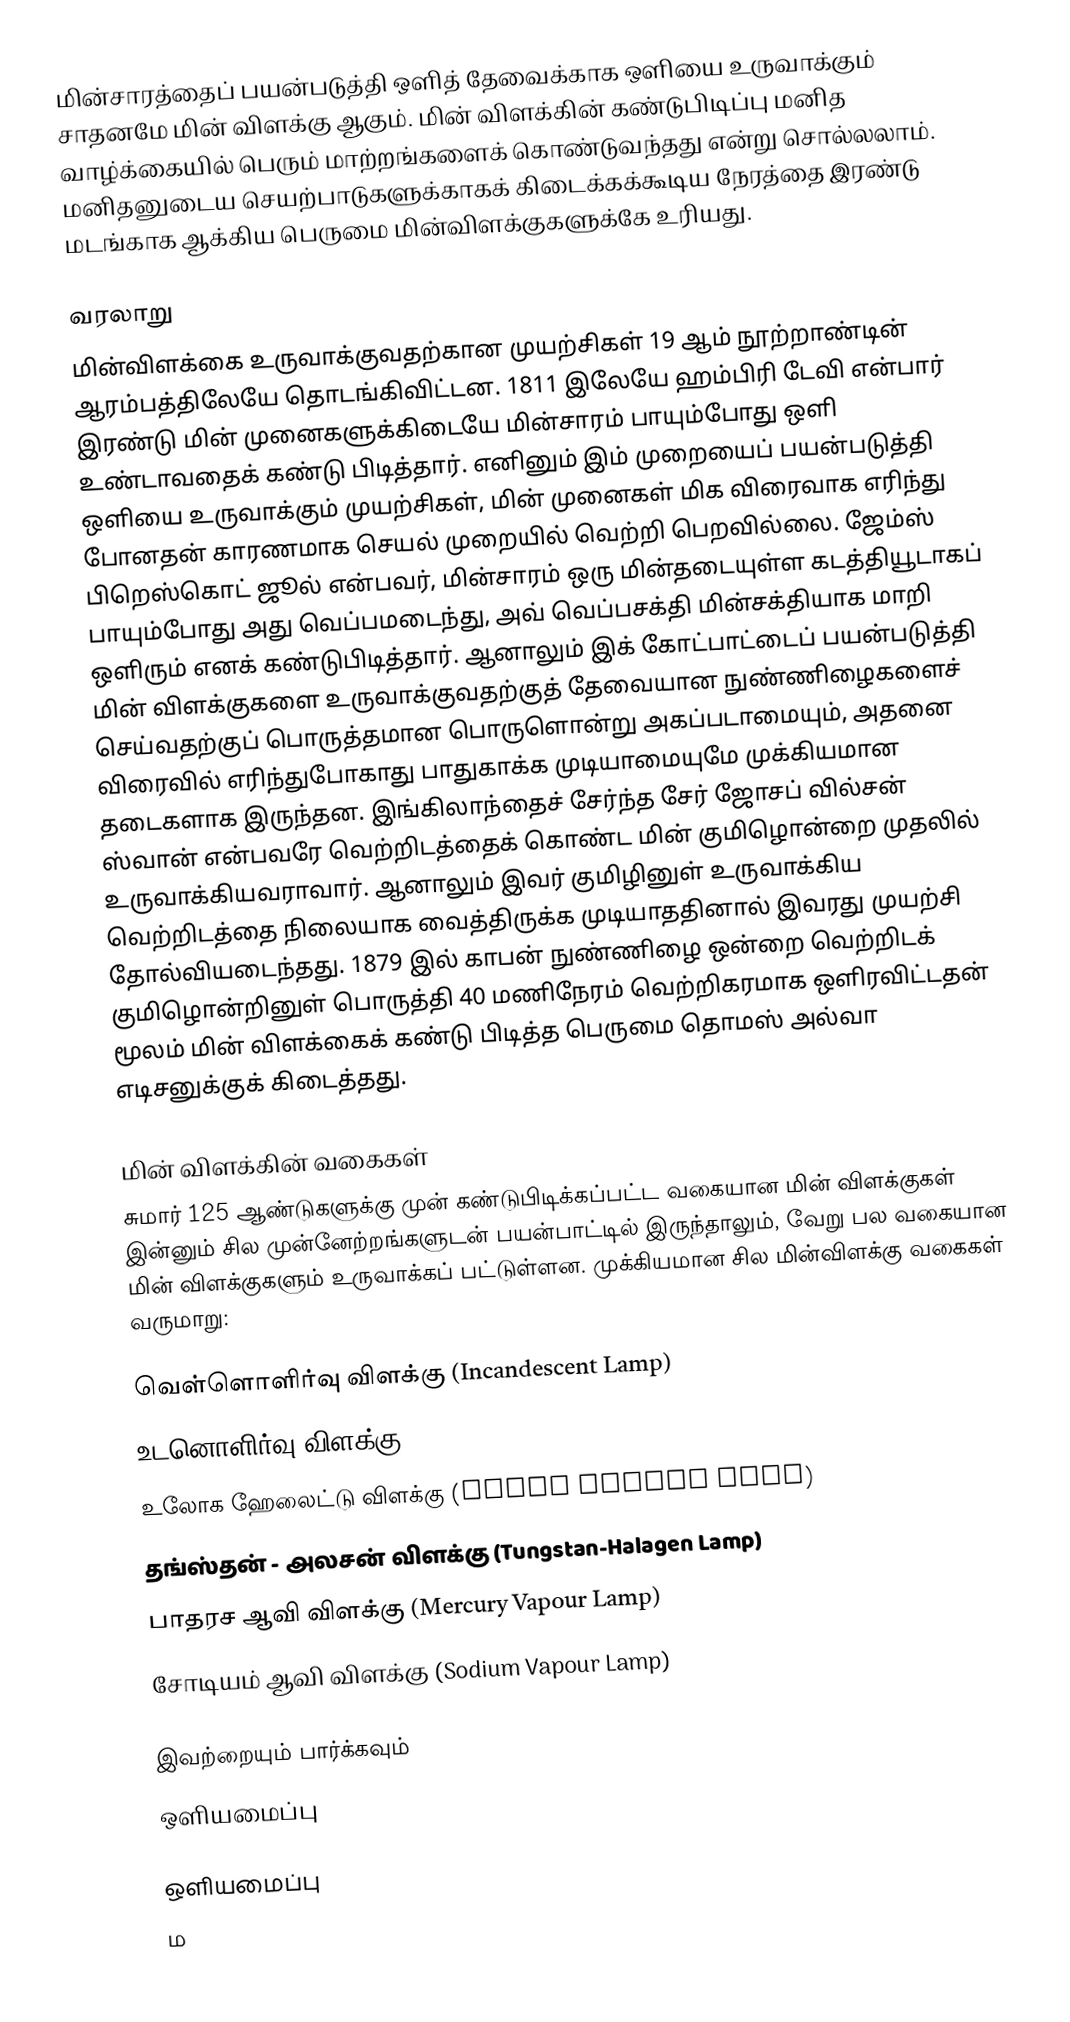
மின்சாரத்தைப் பயன்படுத்தி ஒளித் தேவைக்காக ஒளியை உருவாக்கும் சாதனமே மின் விளக்கு ஆகும். மின் விளக்கின் கண்டுபிடிப்பு மனித வாழ்க்கையில் பெரும் மாற்றங்களைக் கொண்டுவந்தது என்று சொல்லலாம். மனிதனுடைய செயற்பாடுகளுக்காகக் கிடைக்கக்கூடிய நேரத்தை இரண்டு மடங்காக ஆக்கிய பெருமை மின்விளக்குகளுக்கே உரியது.

வரலாறு
மின்விளக்கை உருவாக்குவதற்கான முயற்சிகள் 19 ஆம் நூற்றாண்டின் ஆரம்பத்திலேயே தொடங்கிவிட்டன. 1811 இலேயே ஹம்பிரி டேவி என்பார் இரண்டு மின் முனைகளுக்கிடையே மின்சாரம் பாயும்போது ஒளி உண்டாவதைக் கண்டு பிடித்தார். எனினும் இம் முறையைப் பயன்படுத்தி ஒளியை உருவாக்கும் முயற்சிகள், மின் முனைகள் மிக விரைவாக எரிந்து போனதன் காரணமாக செயல் முறையில் வெற்றி பெறவில்லை. ஜேம்ஸ் பிறெஸ்கொட் ஜூல் என்பவர், மின்சாரம் ஒரு மின்தடையுள்ள கடத்தியூடாகப் பாயும்போது அது வெப்பமடைந்து, அவ் வெப்பசக்தி மின்சக்தியாக மாறி ஒளிரும் எனக் கண்டுபிடித்தார்.  ஆனாலும் இக் கோட்பாட்டைப் பயன்படுத்தி மின் விளக்குகளை உருவாக்குவதற்குத் தேவையான நுண்ணிழைகளைச் செய்வதற்குப் பொருத்தமான பொருளொன்று அகப்படாமையும், அதனை விரைவில் எரிந்துபோகாது பாதுகாக்க முடியாமையுமே முக்கியமான தடைகளாக இருந்தன. இங்கிலாந்தைச் சேர்ந்த சேர் ஜோசப் வில்சன் ஸ்வான் என்பவரே வெற்றிடத்தைக் கொண்ட மின் குமிழொன்றை முதலில் உருவாக்கியவராவார். ஆனாலும் இவர் குமிழினுள் உருவாக்கிய வெற்றிடத்தை நிலையாக வைத்திருக்க முடியாததினால் இவரது முயற்சி தோல்வியடைந்தது. 1879 இல் காபன் நுண்ணிழை ஒன்றை வெற்றிடக் குமிழொன்றினுள் பொருத்தி 40 மணிநேரம் வெற்றிகரமாக ஒளிரவிட்டதன் மூலம் மின் விளக்கைக் கண்டு பிடித்த பெருமை தொமஸ் அல்வா எடிசனுக்குக் கிடைத்தது.

மின் விளக்கின் வகைகள்
சுமார் 125 ஆண்டுகளுக்கு முன் கண்டுபிடிக்கப்பட்ட வகையான மின் விளக்குகள் இன்னும் சில முன்னேற்றங்களுடன் பயன்பாட்டில் இருந்தாலும், வேறு பல வகையான மின் விளக்குகளும் உருவாக்கப் பட்டுள்ளன. முக்கியமான சில மின்விளக்கு வகைகள் வருமாறு:

 வெள்ளொளிர்வு விளக்கு (Incandescent Lamp)
 உடனொளிர்வு விளக்கு (Fluorescent Lamp)
 உலோக ஹேலைட்டு விளக்கு (Metal Halide Lamp)
 தங்ஸ்தன் - அலசன் விளக்கு (Tungstan-Halagen Lamp)
 பாதரச ஆவி விளக்கு (Mercury Vapour Lamp)
 சோடியம் ஆவி விளக்கு (Sodium Vapour Lamp)

இவற்றையும் பார்க்கவும்
 ஒளியமைப்பு

ஒளியமைப்பு
ம